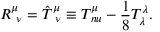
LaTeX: { \cal R } _ { \ \nu } ^ { \mu } = { \hat { T } } _ { \ \nu } ^ { \mu } \equiv T _ { \, n u } ^ { \mu } - { \frac { 1 } { 8 } } T _ { \lambda } ^ { \lambda } .